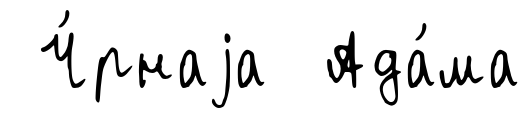
Ч́рнаjа Ада́ма